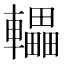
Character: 轠